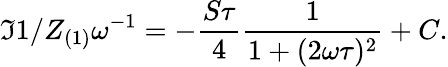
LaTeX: \Im{1/Z_{(1)}}\omega^{-1}=-\frac{S\tau}{4}\frac{1}{1+(2\omega\tau)^{2}}+C.